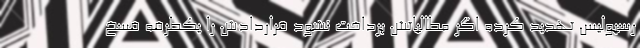
رسپولیس تهدید کرده اگر مطالباتش پرداخت نشود قراردادش را یکطرفه فسخ